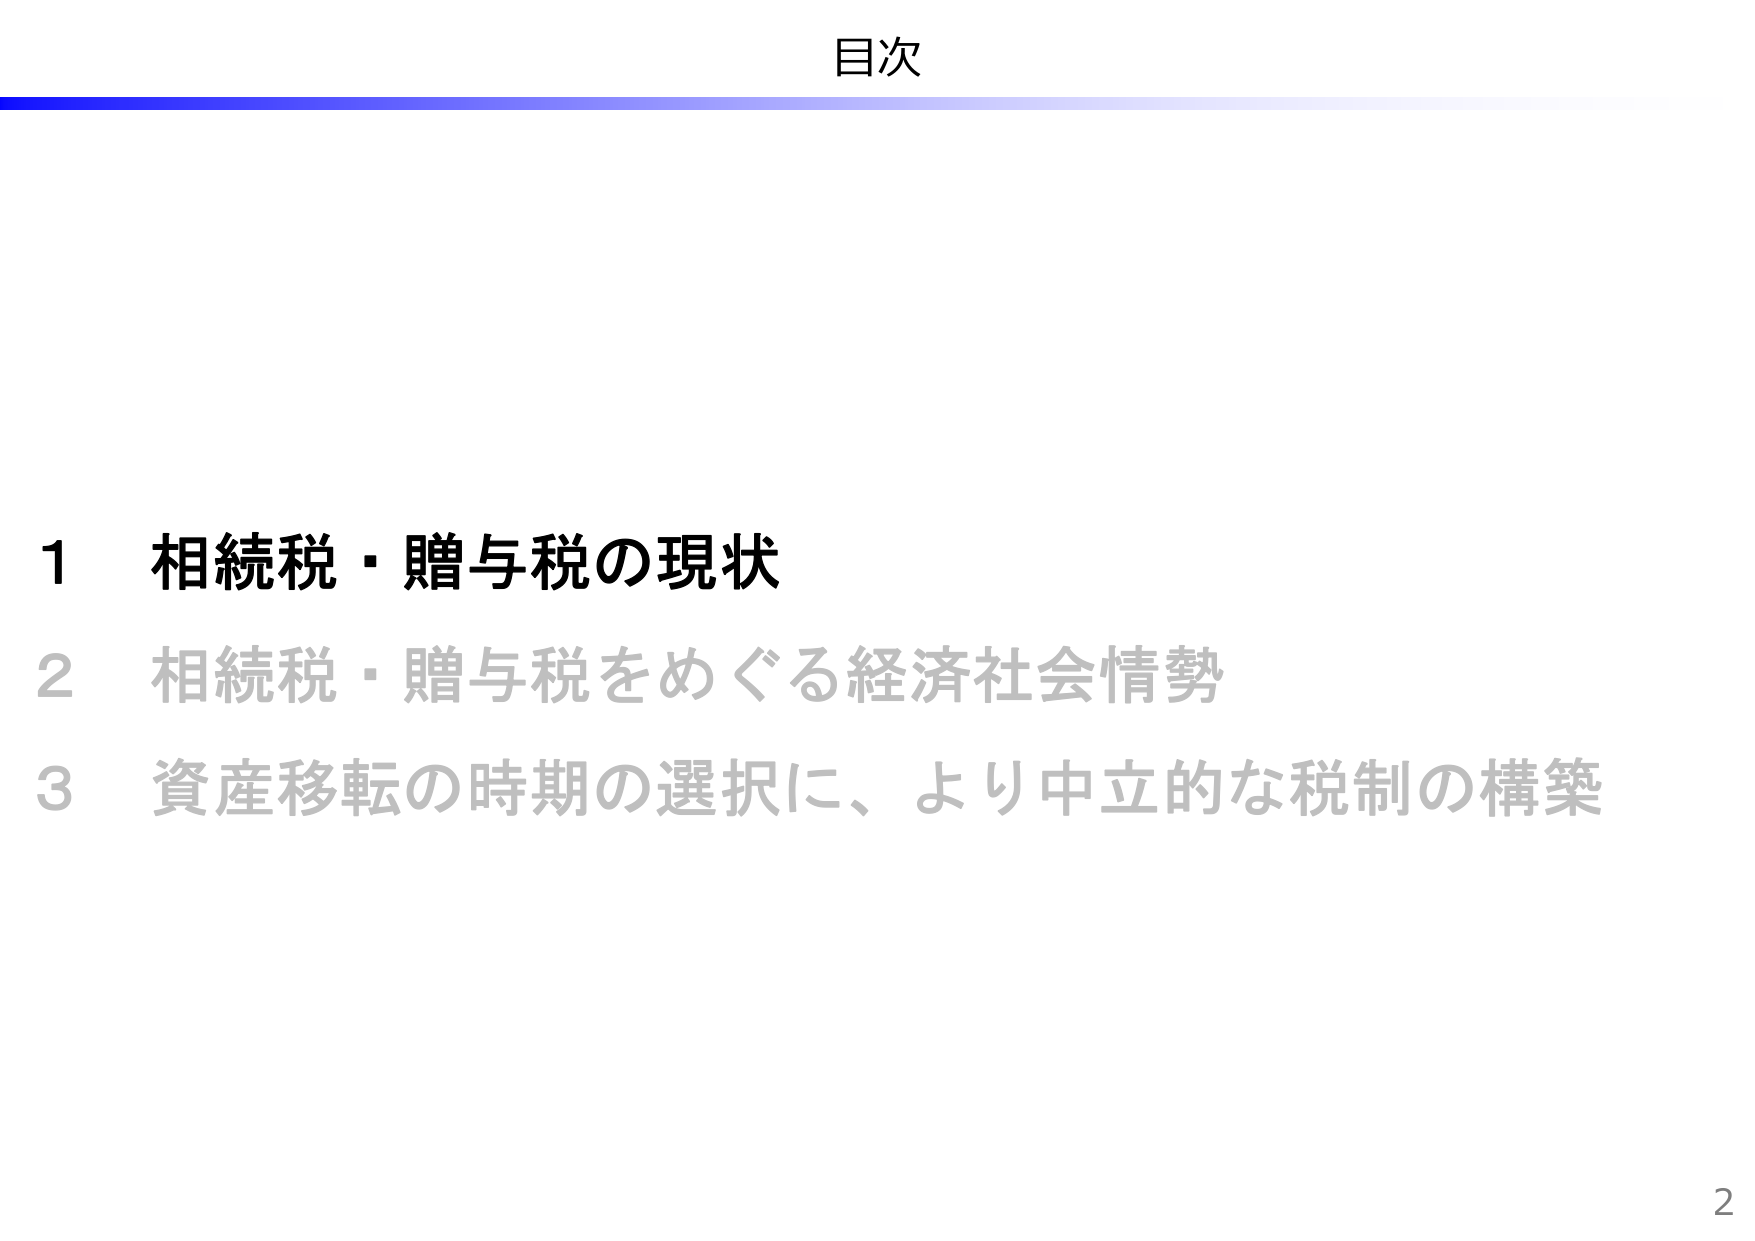
目次

1 相続税・贈与税の現状
2 相続税・贈与税をめぐる経済社会情勢
3 資産移転の時期の選択に、より中立的な税制の構築

2